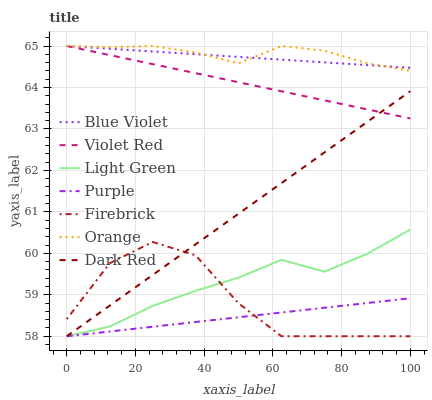
| xaxis_label | Blue Violet | Violet Red | Light Green | Purple | Firebrick | Orange | Dark Red |
 | --- | --- | --- | --- | --- | --- | --- | --- |
 | 0 | 65 | 65 | 58 | 58 | 58.4 | 65 | 58 |
 | 12.5 | 64.9 | 64.8 | 58.2 | 58.1 | 59.8 | 65 | 58.7 |
 | 25 | 64.9 | 64.6 | 58.7 | 58.2 | 60.3 | 65 | 59.5 |
 | 37.5 | 64.8 | 64.3 | 59.1 | 58.3 | 60 | 64.8 | 60.2 |
 | 50 | 64.7 | 64.1 | 59.4 | 58.5 | 58.8 | 64.6 | 61 |
 | 62.5 | 64.7 | 63.9 | 59.8 | 58.6 | 58 | 65 | 61.7 |
 | 75 | 64.6 | 63.7 | 59.6 | 58.7 | 58 | 64.9 | 62.4 |
 | 87.5 | 64.5 | 63.5 | 60 | 58.8 | 58 | 64.6 | 63.2 |
 | 100 | 64.5 | 63.3 | 60.6 | 58.9 | 58 | 64.4 | 63.9 |